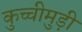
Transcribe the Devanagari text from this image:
कुच्चीमुड़ी